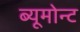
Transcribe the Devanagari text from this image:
ब्यूमोन्ट